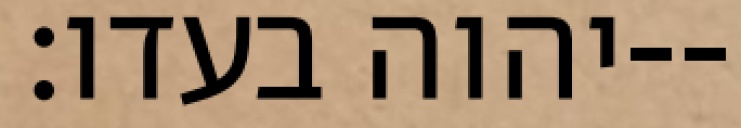
יהוה בעדו׃--